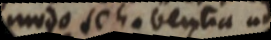
modo se habentia ad